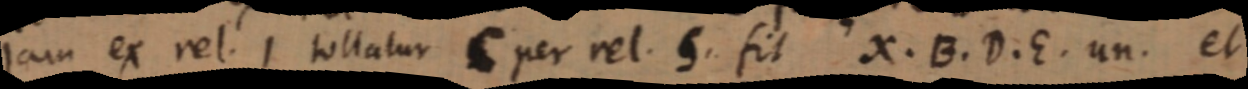
jam ex rel. 1 tollatur C per vel. 5. fit X. B. D. E. un. et